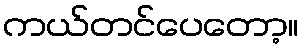
ကယ်တင်ပေတော့။